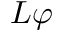
L \varphi